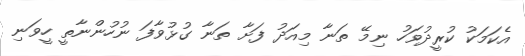
އެކަމަކު ކުރީދުވަހު ނިމޭ ތަނާ މިއަދު ފަށާ ތަނާ ގުޅުވާފަ ނުހުންނާތީ ހީވަނި